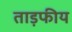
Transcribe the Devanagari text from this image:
ताड़फीय